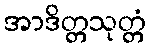
အာဒိတ္တသုတ္တံ